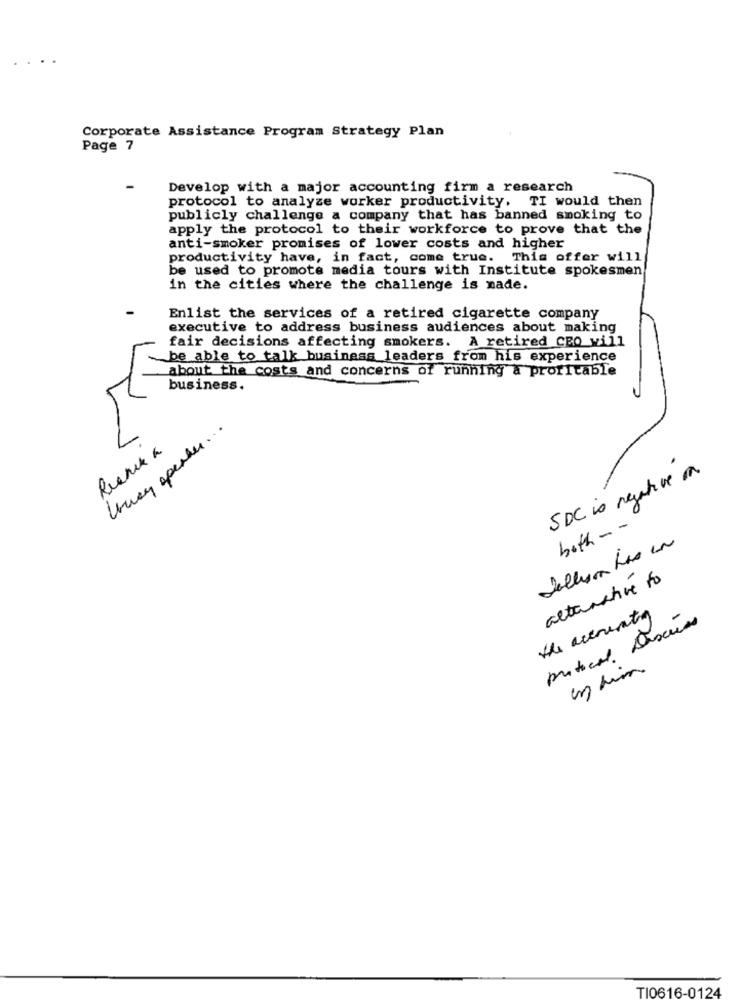
Corporate Assistance Program Strategy Plan
Page 7
Develop with a major accounting firm a research
protocol to analyze worker productivity, TI would then
publicly challenge a company that has banned smoking to
apply the protocol to their workforce to prove that the
anti-smoker promises of lower costs and higher
productivity have, in fact, come true. This offer will
be used to promote media tours with Institute spokesmen
in the cities where the challenge is made.
Enlist the services of a retired cigarette company
executive to address business audiences about making
fair decisions affecting smokers. A retired CBO will
be able to talk business leaders from his experience
about the costs and concerns of running a profitable
business.
lousy spender ...
Ruanika
SDC is negative on
both --
alternative to
the accounting
protocol. Discuss
en him
TI0616-0124